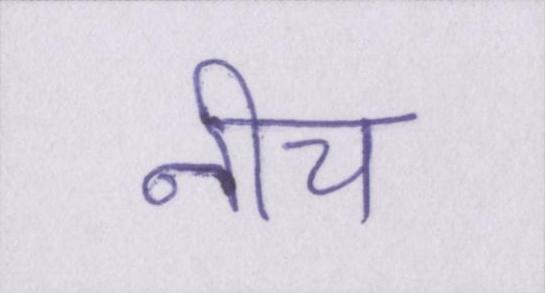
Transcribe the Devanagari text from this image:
नीच